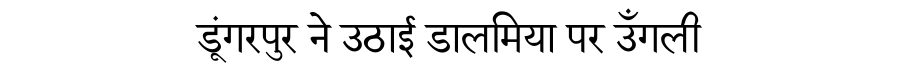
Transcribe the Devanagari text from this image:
डूंगरपुर ने उठाई डालमिया पर उँगली